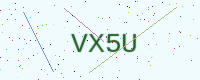
Text: VX5U